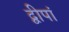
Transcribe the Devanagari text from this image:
द्वीपां